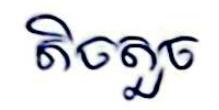
តិចតួច